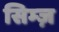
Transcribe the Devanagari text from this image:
सिम्ज़